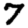
Digit: 7